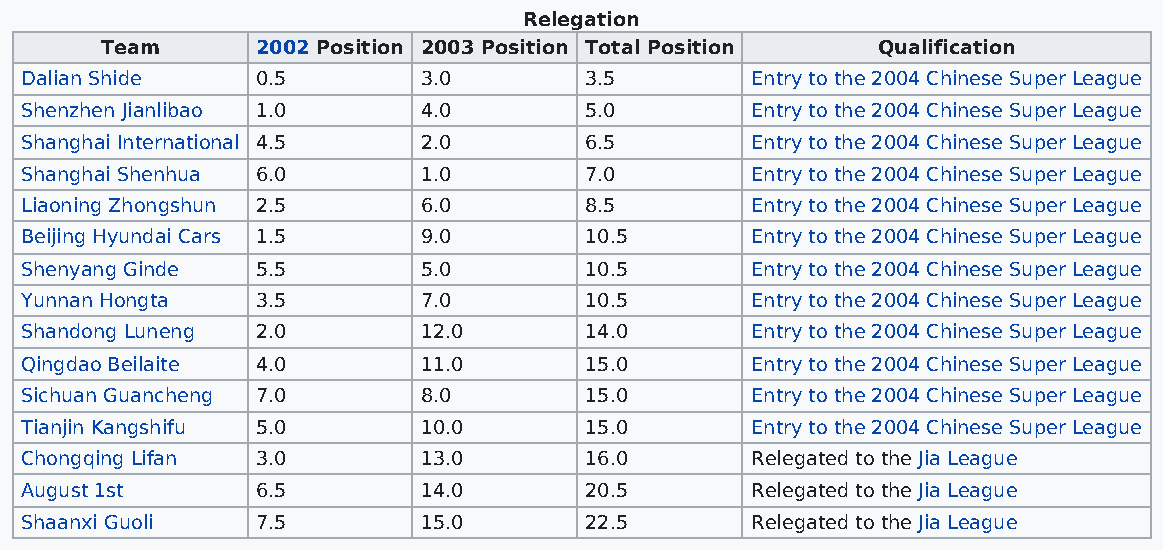
Relegation
 Team      2002 Position 2003 Position Total Position Qualification
 Dalian Shide    0.5        3.0        3.5        Entry to the 2004 Chinese Super League
 Shenzhen Jianlibao 1.0     4.0        5.0        Entry to the 2004 Chinese Super League
 Shanghai International 4.5 2.0        6.5        Entry to the 2004 Chinese Super League
 Shanghai Shenhua 6.0       1.0        7.0        Entry to the 2004 Chinese Super League
 Liaoning Zhongshun 2.5     6.0        8.5        Entry to the 2004 Chinese Super League
 Beijing Hyundai Cars 1.5   9.0        10.5       Entry to the 2004 Chinese Super League
 Shenyang Ginde  5.5        5.0        10.5       Entry to the 2004 Chinese Super League
 Yunnan Hongta   3.5        7.0        10.5       Entry to the 2004 Chinese Super League
 Shandong Luneng 2.0        12.0       14.0       Entry to the 2004 Chinese Super League
 Qingdao Beilaite 4.0       11.0       15.0       Entry to the 2004 Chinese Super League
 Sichuan Guancheng 7.0      8.0        15.0       Entry to the 2004 Chinese Super League
 Tianjin Kangshifu 5.0      10.0       15.0       Entry to the 2004 Chinese Super League
 Chongqing Lifan 3.0        13.0       16.0       Relegated to the Jia League
 August 1st      6.5        14.0       20.5       Relegated to the Jia League
 Shaanxi Guoli   7.5        15.0       22.5       Relegated to the Jia League